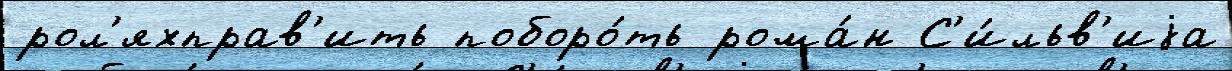
рол'яхправ'ить поборо́ть рома́н С'и́льв'иjа